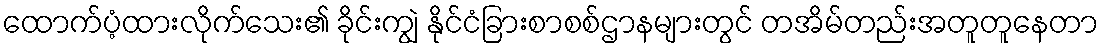
ထောက်ပံ့ထားလိုက်သေး၏ ခိုင်းကျွဲ နိုင်ငံခြားစာစစ်ဌာနများတွင် တအိမ်တည်းအတူတူနေတာ